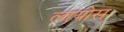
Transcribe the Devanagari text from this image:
लायोस